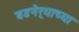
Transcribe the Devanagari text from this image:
बडनेर्‍याच्या